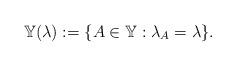
LaTeX: \begin{align*}\mathbb{Y}(\lambda):=\{A\in\mathbb{Y}:\lambda_A=\lambda \}.\end{align*}